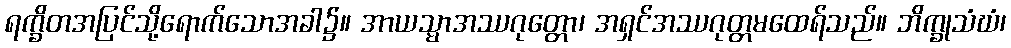
ရက္ခိတအပြင်သို့ရောက်သောအခါ၌။ အာယသ္မာအဿဂုတ္တော၊ အရှင်အဿဂုတ္တမထေရ်သည်။ ဘိက္ခုသံဃံ၊